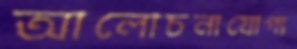
আলোচনাযোগ্য